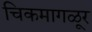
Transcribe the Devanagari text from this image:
चिकमागळूर